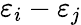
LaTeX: \varepsilon_{i}-\varepsilon_{j}